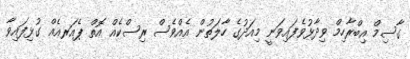
ގާސިމް އިބްރާހިމް ވިދާޅުވެފައިވަނީ މިއަދުގެ ހާލަތުން އެއްވެސް ރިސްކެއް އޮތް ޕެއަރއެއް ގުޅިފައިވާ